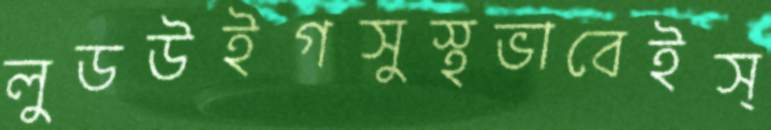
লুডউইগসুস্থভাবেইস্